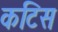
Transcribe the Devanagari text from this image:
कटिस